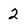
Character: 2